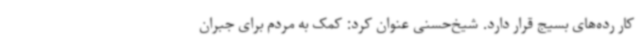
کار رده‌های بسیج قرار دارد. شیخ‌حسنی عنوان کرد: کمک به مردم برای جبران